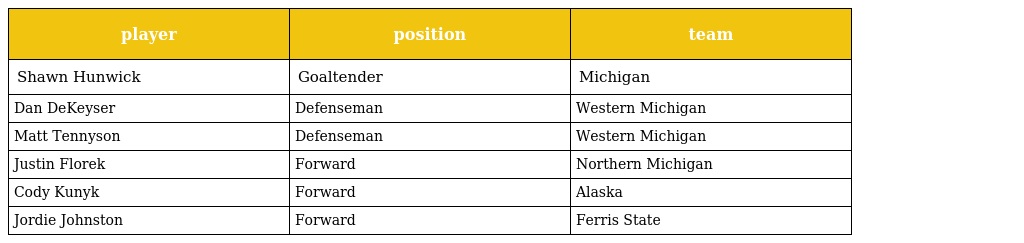
| player | position | team |
 | --- | --- | --- |
 | Shawn Hunwick | Goaltender | Michigan |
 | Dan DeKeyser | Defenseman | Western Michigan |
 | Matt Tennyson | Defenseman | Western Michigan |
 | Justin Florek | Forward | Northern Michigan |
 | Cody Kunyk | Forward | Alaska |
 | Jordie Johnston | Forward | Ferris State |